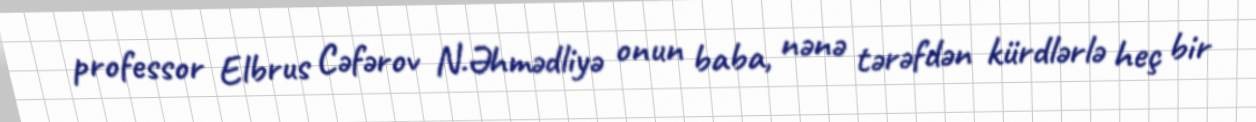
professor Elbrus Cəfərov N.Əhmədliyə onun baba, nənə tərəfdən kürdlərlə heç bir